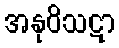
အနုဝိသဋာ